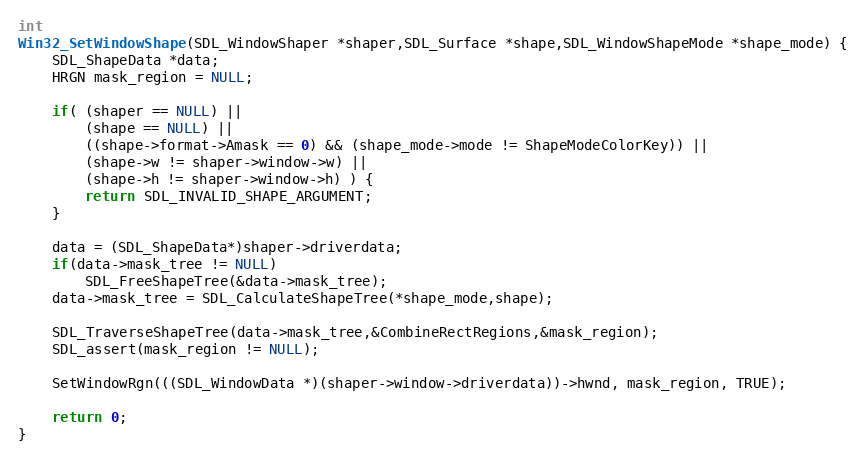
Language: C
int
Win32_SetWindowShape(SDL_WindowShaper *shaper,SDL_Surface *shape,SDL_WindowShapeMode *shape_mode) {
    SDL_ShapeData *data;
    HRGN mask_region = NULL;

    if( (shaper == NULL) ||
        (shape == NULL) ||
        ((shape->format->Amask == 0) && (shape_mode->mode != ShapeModeColorKey)) ||
        (shape->w != shaper->window->w) ||
        (shape->h != shaper->window->h) ) {
        return SDL_INVALID_SHAPE_ARGUMENT;
    }

    data = (SDL_ShapeData*)shaper->driverdata;
    if(data->mask_tree != NULL)
        SDL_FreeShapeTree(&data->mask_tree);
    data->mask_tree = SDL_CalculateShapeTree(*shape_mode,shape);

    SDL_TraverseShapeTree(data->mask_tree,&CombineRectRegions,&mask_region);
    SDL_assert(mask_region != NULL);

    SetWindowRgn(((SDL_WindowData *)(shaper->window->driverdata))->hwnd, mask_region, TRUE);

    return 0;
}